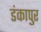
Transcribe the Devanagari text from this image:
डंकापुर